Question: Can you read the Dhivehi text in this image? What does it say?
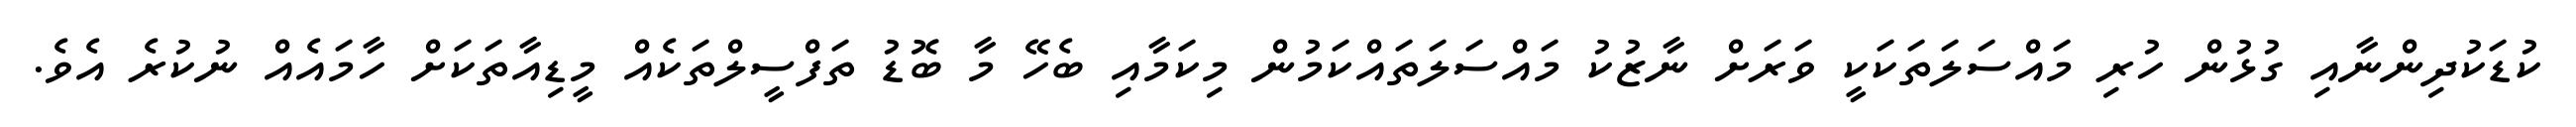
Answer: ކުޑަކުދިންނާއި ގުޅުން ހުރި މައްސަލަތަކަކީ ވަރަށް ނާޒުކު މައްސަލަތައްކަމުން މިކަމާއި ބެހޭ މާ ބޮޑު ތަފްސީލްތަކެއް މީޑިއާތަކަށް ހާމައެއް ނުކުރެ އެވެ.